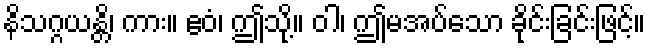
နိသဂ္ဂယန္တိ၊ ကား။ ဧဝံ၊ ဤသို့။ ဝါ၊ ဤမအပ်သော ခိုင်းခြင်းဖြင့်။